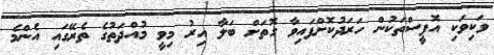
ވަކިވަކި އޮފީސްތަކުން ހަރަދުކޮށްފައިވާ ގޮތަށް ބަލާ އިރު މިވީ މުއްދަތުގެ ތެރޭގައި އެންމެ